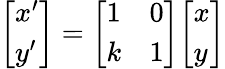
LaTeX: {\left[\begin{array}{l}{x^{\prime}}\\ {y^{\prime}}\end{array}\right]}={\left[\begin{array}{ll}{1}&{0}\\ {k}&{1}\end{array}\right]}{\left[\begin{array}{l}{x}\\ {y}\end{array}\right]}